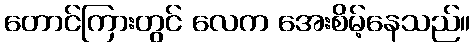
တောင်ကြားတွင် လေက အေးစိမ့်နေသည်။